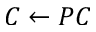
C \leftarrow P C